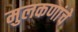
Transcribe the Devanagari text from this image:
मुलकणांचे